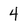
Character: 4